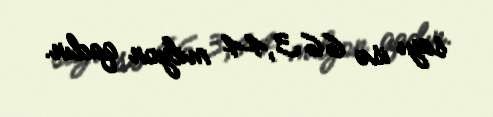
sayı isə 663,44 milyon qadın.